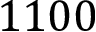
1 1 0 0